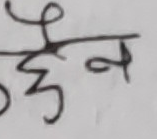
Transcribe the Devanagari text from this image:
छैन